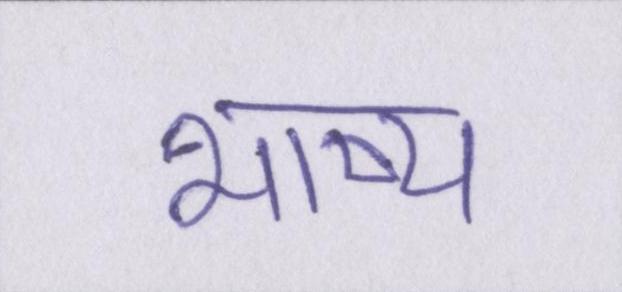
भाष्य